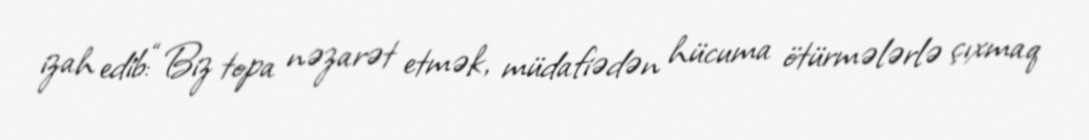
izah edib:“Biz topa nəzarət etmək, müdafiədən hücuma ötürmələrlə çıxmaq